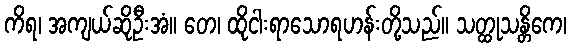
ကိရ၊ အကျယ်ဆိုဦးအံ။ တေ၊ ထိုငါးရာသောရဟန်းတို့သည်။ သတ္ထုသန္တိကေ၊